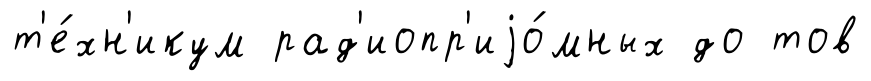
т'е́хн'икум рад'иопр'иjо́мных до тов